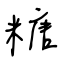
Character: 糖